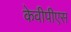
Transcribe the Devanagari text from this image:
केवीपीएस